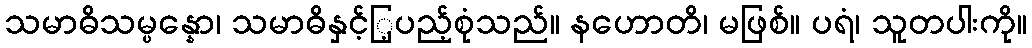
သမာဓိသမ္ပန္နော၊ သမာဓိနှင့်ြ့ပည့်စုံသည်။ နဟောတိ၊ မဖြစ်။ ပရံ၊ သူတပါးကို။